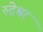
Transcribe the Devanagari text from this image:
रुद्रेश्वर